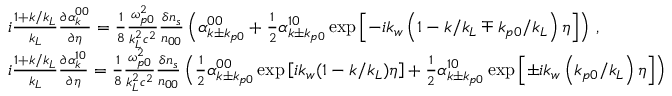
\begin{array} { r l } & { i \frac { 1 + k / k _ { L } } { k _ { L } } \frac { \partial \alpha _ { k } ^ { 0 0 } } { \partial \eta } = \frac { 1 } { 8 } \frac { \omega _ { p 0 } ^ { 2 } } { k _ { L } ^ { 2 } c ^ { 2 } } \frac { \delta n _ { s } } { n _ { 0 0 } } \left( \alpha _ { k \pm k _ { p 0 } } ^ { 0 0 } + \frac { 1 } { 2 } \alpha _ { k \pm k _ { p 0 } } ^ { 1 0 } \exp \left[ - i k _ { w } \left( 1 - k / k _ { L } \mp k _ { p 0 } / k _ { L } \right) \eta \right] \right) \, , } \\ & { i \frac { 1 + k / k _ { L } } { k _ { L } } \frac { \partial \alpha _ { k } ^ { 1 0 } } { \partial \eta } = \frac { 1 } { 8 } \frac { \omega _ { p 0 } ^ { 2 } } { k _ { L } ^ { 2 } c ^ { 2 } } \frac { \delta n _ { s } } { n _ { 0 0 } } \left( \frac { 1 } { 2 } \alpha _ { k \pm k _ { p 0 } } ^ { 0 0 } \exp \left[ i k _ { w } ( 1 - k / k _ { L } ) \eta \right] + \frac { 1 } { 2 } \alpha _ { k \pm k _ { p 0 } } ^ { 1 0 } \exp \left[ \pm i k _ { w } \left( k _ { p 0 } / k _ { L } \right) \eta \right] \right) } \end{array}